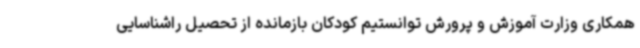
همکاری وزارت آموزش و پرورش توانستیم کودکان بازمانده از تحصیل راشناسایی